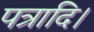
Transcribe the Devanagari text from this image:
पत्रादि।